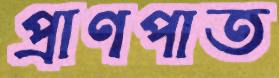
প্রাণপাত